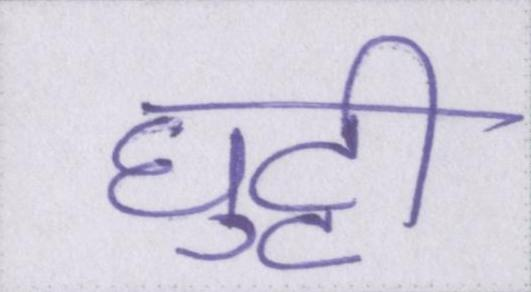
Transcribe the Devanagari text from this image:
घुट्टी